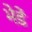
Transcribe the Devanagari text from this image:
भेडें